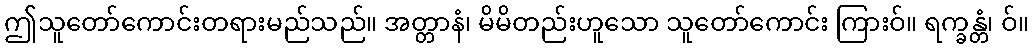
ဤသူတော်ကောင်းတရားမည်သည်။ အတ္တာနံ၊ မိမိတည်းဟူသော သူတော်ကောင်း ကြားဝ်။ ရက္ခန္တံ၊ ဝ်။